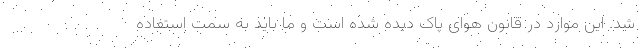
شد. این موارد در قانون هوای پاک دیده شده است و ما باید به سمت استفاده